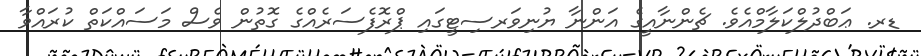
ޑރ. ޢަބްދުލްކަލާމްއެވެ. ޗެންނާއީގެ އަންނާ ޔުނިވަރސިޓީގައި ޕްރޮފެސަރެއްގެ ގޮތުން ވެސް މަސައްކަތް ކުރައްވާ